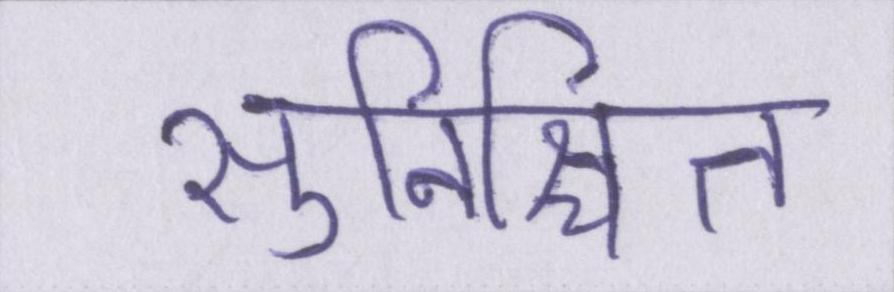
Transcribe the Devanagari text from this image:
सुनिश्चित